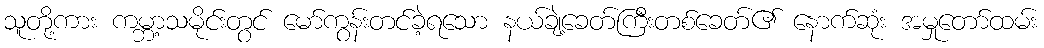
သူတို့ကား ကမ္ဘာ့သမိုင်းတွင် မော်ကွန်းတင်ခဲ့ရသော နယ်ချဲ့ခေတ်ကြီးတစ်ခေတ်၏ နောက်ဆုံး အမှုတော်ထမ်း